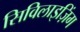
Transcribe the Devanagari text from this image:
सिविलाइज़िंग